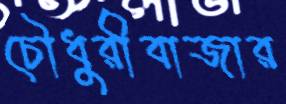
চৌধুরীবাজার